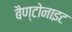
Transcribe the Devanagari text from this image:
बैण्टोनाइट